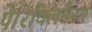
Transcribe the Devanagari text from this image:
पेरिक्लिमेनम